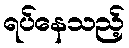
ရပ်နေသည့်